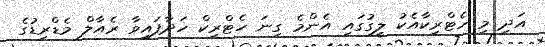
އަދި މި ހެޓްރިކާއެކު ލީގުގައި އެންމެ ގިނަ ހެޓްރިކް ހަދާފައިވާ ރެއާލް މެޑްރިޑުގެ